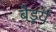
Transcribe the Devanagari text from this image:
बैडूर्य